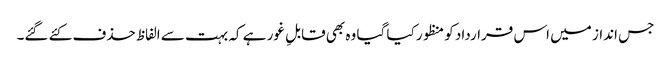
جس انداز میں اس قرارداد کو منظور کیا گیا وہ بھی قابلِ غور ہے کہ بہت سے الفاظ حذف کئے گئے۔